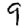
Digit: 9